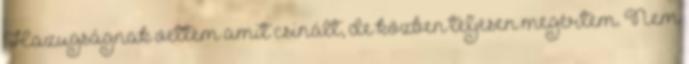
Hazugságnak vettem amit csinált, de közben teljesen megértem. Nem